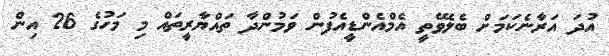
އުދަ އަރާނެކަމަށް ބެލެވޭތީ އެމްއެންޑީއެފުން ވަމުންދާ ތައްޔާރީތައް މި މަހުގެ 26 އިން